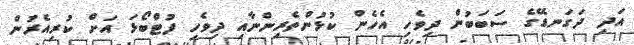
އަދި ދަގަނޑޭގެ ސަބަބުން ދިވެހި އެހެން ކުޅުންތެރިންނާއި ދިވެހި ފުޓްބޯޅަ އަށް ކުރިއެރުން